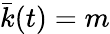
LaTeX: \bar{k}(t)=m